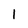
Character: 1